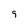
Character: g